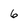
Character: 6